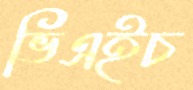
ভিএইচ